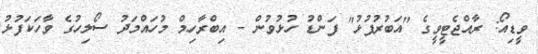
ވީޑިއޯ: ރާއްޖެޓީވީގެ "އަބުރުފުޅު" ފަންޑު ހުޅުވުން - އިބްރާހިމް މުހައްމަދު ސޯލިހުގެ ވާހަކަފުޅު